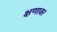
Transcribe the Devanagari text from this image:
क्षणावर